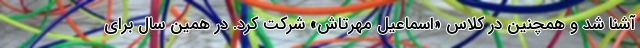
آشنا شد و همچنین در کلاس «اسماعیل مهرتاش» شرکت کرد. در همین سال برای